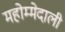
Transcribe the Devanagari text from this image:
महोम्मेदाली